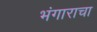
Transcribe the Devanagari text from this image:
भंगाराचा